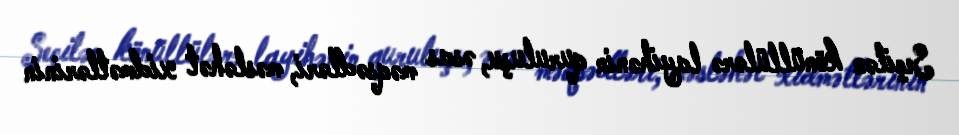
Seçilən könüllülərə layihənin quruluşu, əsas məqsədləri, məsləhət xidmətlərinin